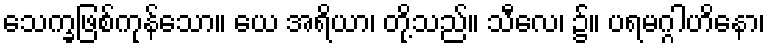
သေက္ခဖြစ်ကုန်သော။ ယေ အရိယာ၊ တို့သည်။ သီလေ၊ ၌။ ပရမဂ္ဂါဟိနော၊